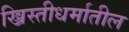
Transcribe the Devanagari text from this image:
ख्रिस्तीधर्मातील